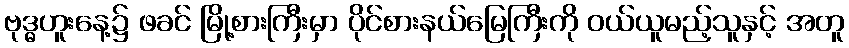
ဗုဒ္ဓဟူးနေ့၌ ဖခင် မြို့စားကြီးမှာ ပိုင်စားနယ်မြေကြီးကို ဝယ်ယူမည့်သူနှင့် အတူ